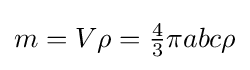
m=V\rho ={\tfrac {4}{3}}\pi abc\rho